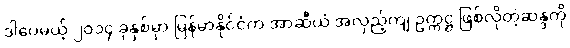
ဒါပေမယ့် ၂၀၁၄ ခုနှစ်မှာ မြန်မာနိုင်ငံက အာဆီယံ အလှည့်ကျ ဥက္ကဋ္ဌ ဖြစ်လိုတဲ့ဆန္ဒကို